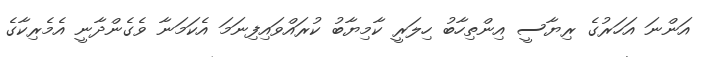
އަންނަ އަހަރުގެ ރިޔާސީ އިންތިހާބު ހިލަރީ ކާމިޔާބު ކުރައްވައިފިނަމަ އެކަމަނާ ވެގެންދާނީ އެމެރިކާގެ